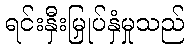
ရင်းနှီးမြှုပ်နှံမှုသည်